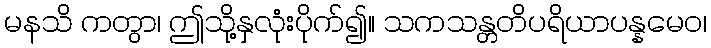
မနသိ ကတွာ၊ ဤသို့နှလုံးပိုက်၍။ သကသန္တတိပရိယာပန္နမေဝ၊